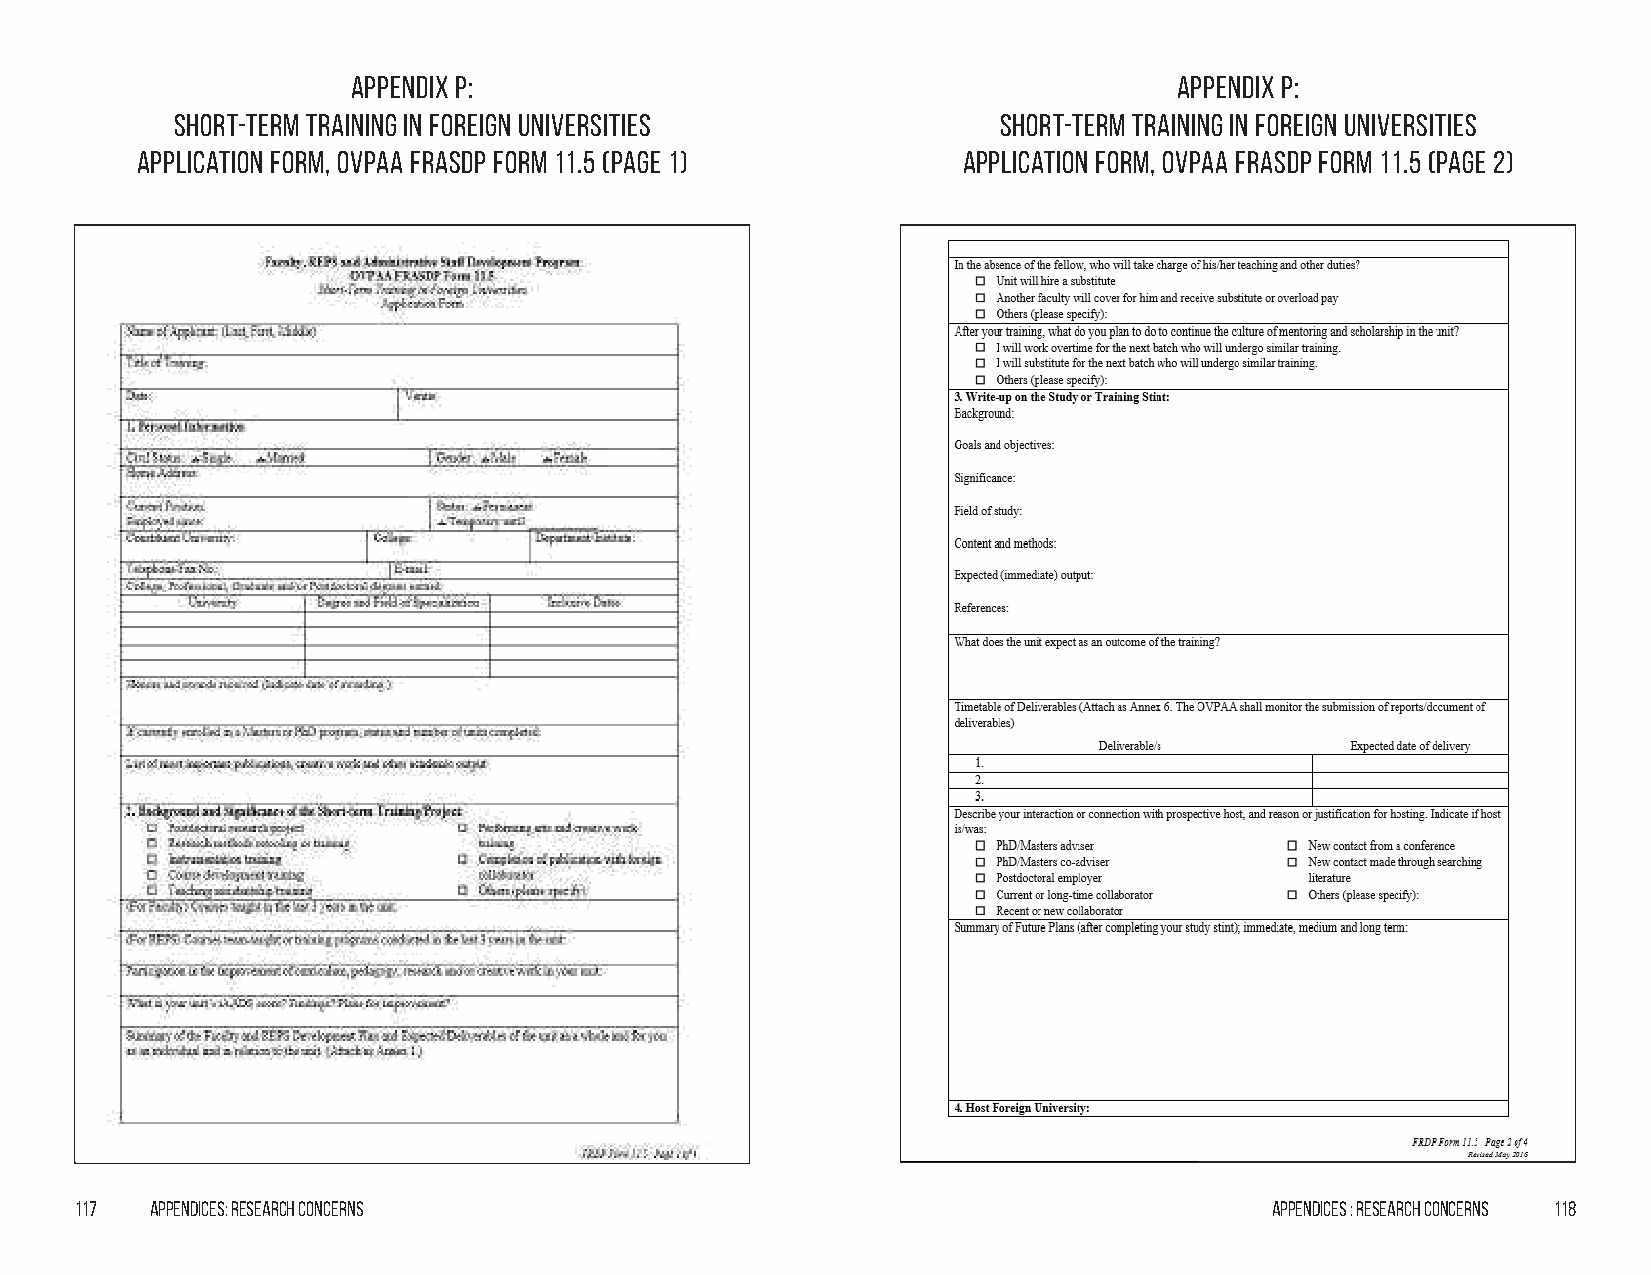
Appendix p:                                            Appendix p:
 Short-term Training in Foreign Universities           Short-term Training in Foreign Universities
 Application Form, OVPAA FRASDP Form 11.5 (Page 1)      Application Form, OVPAA FRASDP Form 11.5 (Page 2)
 117  Appendices: Research Concerns                                             Appendices : Research Concerns 118